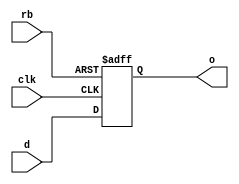
// SPDX-License-Identifier: Apache-2.0
// Copyright (C) 2019 Intel Corporation. All rights reserved
module aibnd_ff_r ( 
	input wire clk,
	input wire rb,
	input wire d,
	//input wire vss,
	//input wire vcc,
	output reg o
);

always@(posedge clk or negedge rb) begin
	if (!rb) begin
		o <= 1'b0;
	end
	else begin
		o <= d;
	end
end
endmodule